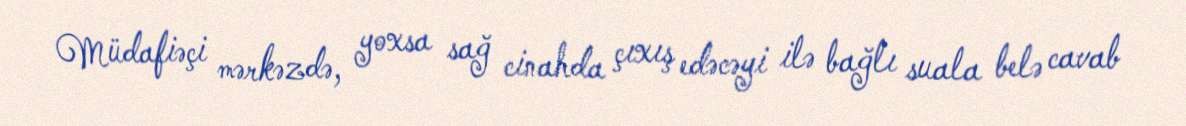
Müdafiəçi mərkəzdə, yoxsa sağ cinahda çıxış edəcəyi ilə bağlı suala belə cavab